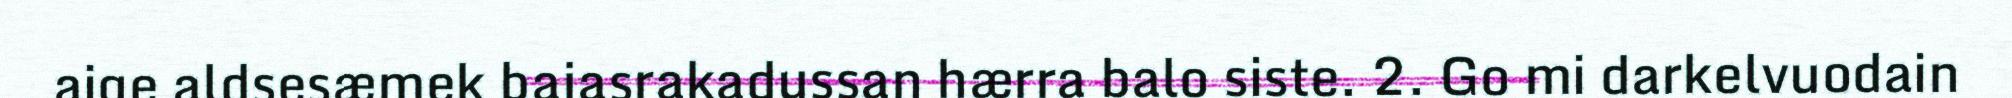
aige aldsesæmek bajasrakadussan hærra balo siste. 2. Go mi darkelvuodain